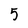
Character: 5